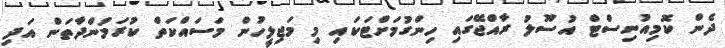
ދެން ކޮމިއުނިސްޓް އުސޫލު ރާއްޖޭގައި ހިންގުމަށްޓަކައި މި މަޖިލީހުން މަސައްކަތް ކުރަމުންދާތަން އަދި